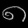
Digit: ၈